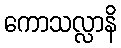
ကောသလ္လာနိ